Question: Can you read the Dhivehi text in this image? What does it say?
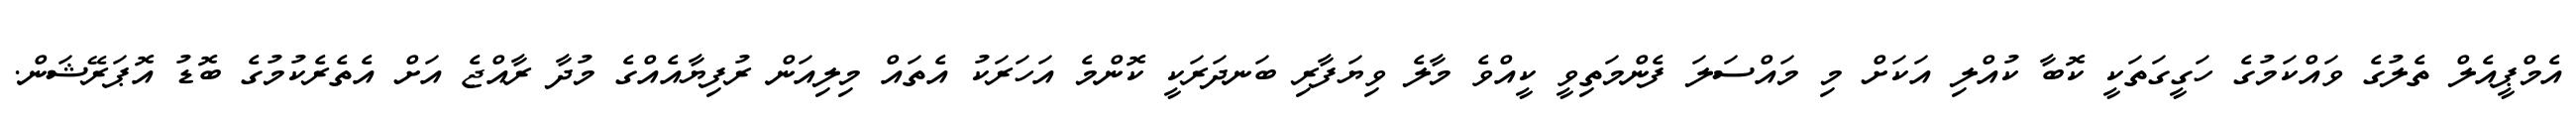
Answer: އެމްޕީއެލް ތެލުގެ ވައްކަމުގެ ހަގީގަތަކީ ކޮބާ ކުއްލި އަކަށް މި މައްސަލަ ފެންމަތިވީ ކީއްވެ މާލެ ވިޔަފާރި ބަނދަރަކީ ކޮންމެ އަހަރަކު އެތައް މިލިއަން ރުފިޔާއެއްގެ މުދާ ރާއްޖެ އަށް އެތެރެކުމުގެ ބޮޑު އޮޕަރޭޝަން.